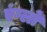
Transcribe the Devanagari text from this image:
एंग्लों